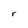
Character: r